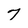
Character: 7